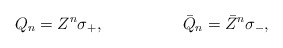
\begin{align*} Q_n=Z^n\sigma_+,\hskip 2cm \bar Q_n=\bar Z^n\sigma_-,\end{align*}